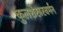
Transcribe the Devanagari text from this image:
कुलशेखरवर्मन